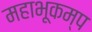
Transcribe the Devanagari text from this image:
महाभूकम्प